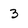
Character: 3